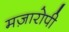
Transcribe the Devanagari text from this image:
मज़ारोपी